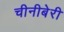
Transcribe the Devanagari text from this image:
चीनीबेरी